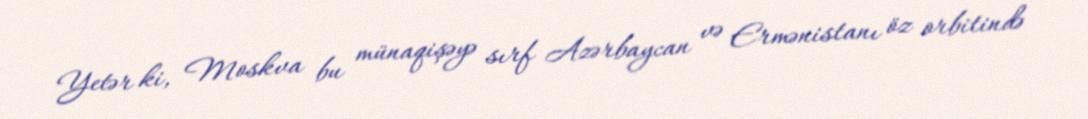
Yetər ki, Moskva bu münaqişəyə sırf Azərbaycan və Ermənistanı öz orbitində